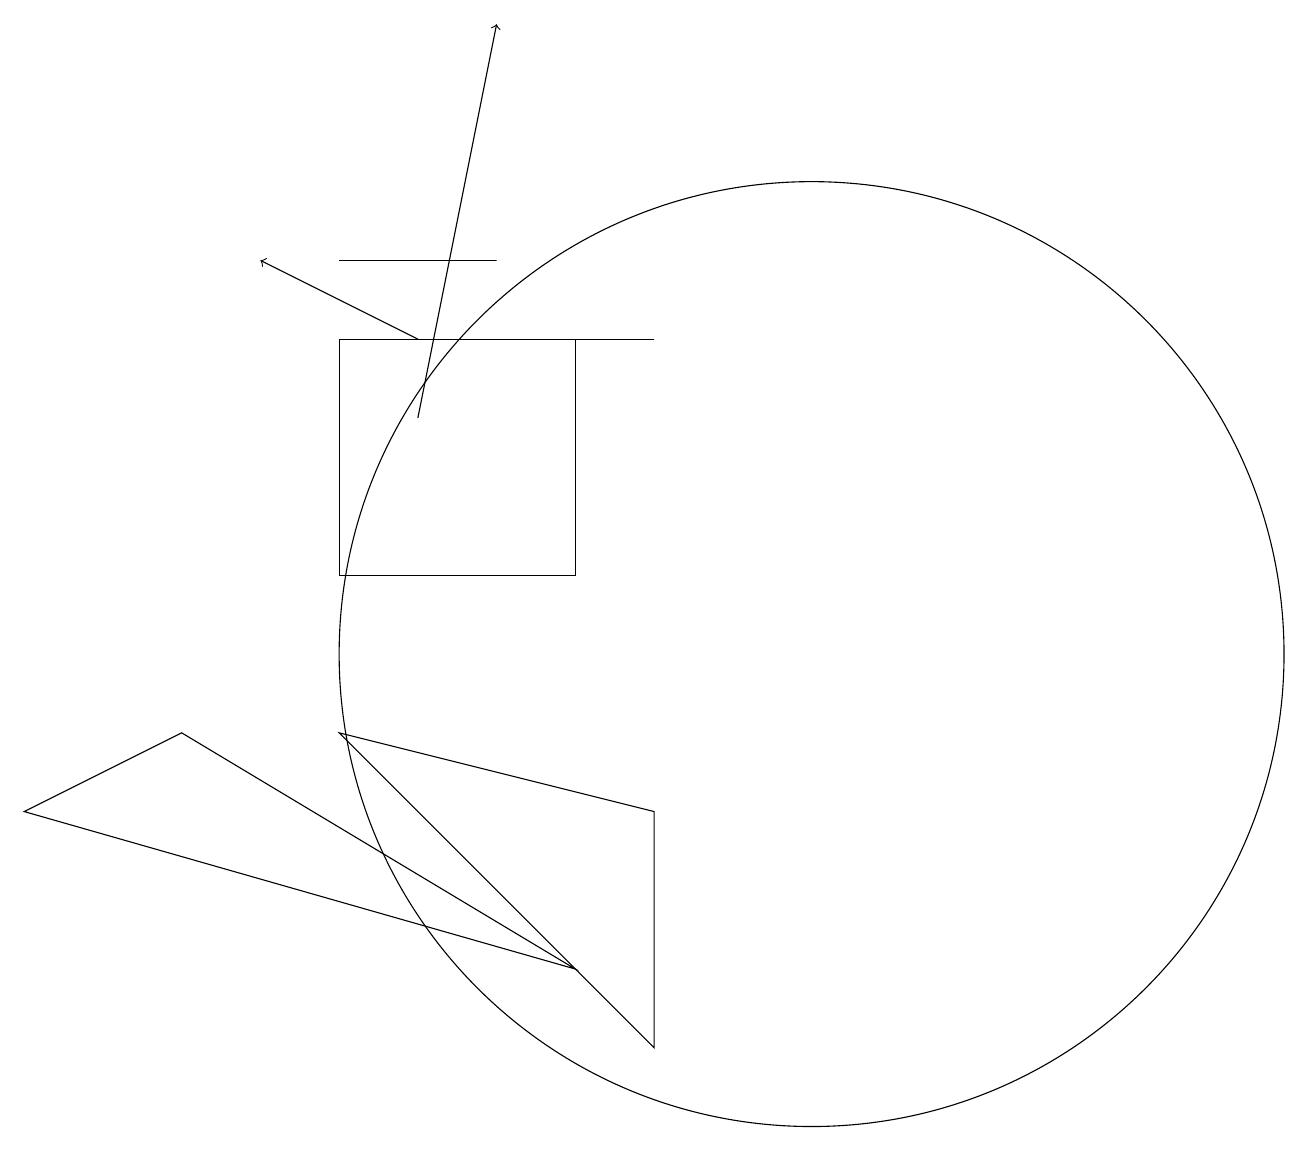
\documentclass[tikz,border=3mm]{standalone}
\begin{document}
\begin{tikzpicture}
\draw (9,8) -- (5,9) -- (9,5) -- cycle;
\draw (8,11) rectangle (5,14);
\draw (11,10) circle (6);
\draw[->] (6,13) -- (7,18);
\draw[->] (6,14) -- (4,15);
\draw (5,15) rectangle (7,15);
\draw (3,9) -- (8,6) -- (1,8) -- cycle;
\draw (6,14) rectangle (9,14);
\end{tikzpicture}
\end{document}